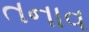
તનાવ